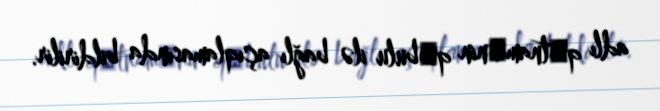
adlı qәtnamәnin qәbulu ilə bağlı açıqlamasında bildirilir.